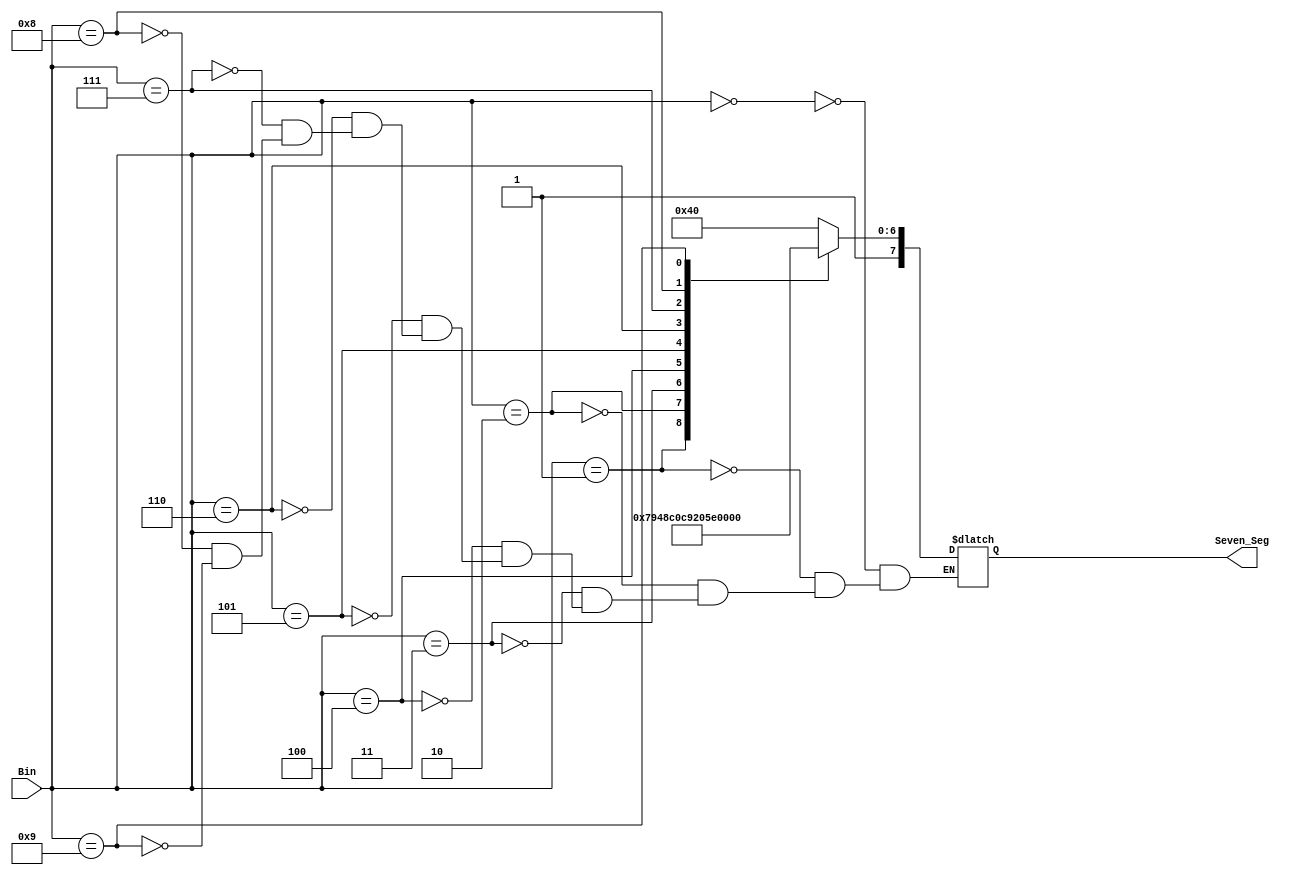
`timescale 1ns / 1ps
//////////////////////////////////////////////////////////////////////////////////
// Company: 
// Engineer: 
// 
// Design Name: 
// Module Name: Decoder7Seg
// Project Name: 
// Target Devices: 
// Tool Versions: 
// Description: 
// 
// Dependencies: 
// 
// Revision:
// Revision 0.01 - File Created
// Additional Comments:
// 
//////////////////////////////////////////////////////////////////////////////////


module Decoder7Seg(
    input [3:0] Bin,
    output reg [7:0] Seven_Seg
    );
    
    always@(*)
    begin
    case(Bin)
    4'b0000: Seven_Seg = 8'hC0; //0
    4'b0001: Seven_Seg = 8'hF9; //1
    4'b0010: Seven_Seg = 8'hA4; //2
    4'b0011: Seven_Seg = 8'hB0; //3
    4'b0100: Seven_Seg = 8'h99; //4
    4'b0101: Seven_Seg = 8'h92; //5
    4'b0110: Seven_Seg = 8'h82; //6
    4'b0111: Seven_Seg = 8'hF8; //7
    4'b1000: Seven_Seg = 8'h80; //8
    4'b1001: Seven_Seg = 8'h90; //9
    endcase
    end
endmodule